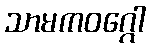
သာမကဝဂ္ဂေါ